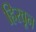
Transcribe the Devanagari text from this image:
हिरवून